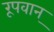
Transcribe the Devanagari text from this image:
रूपवान्